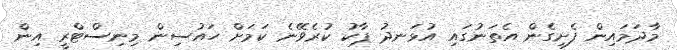
މާދަމައިން ފެށިގެން އެތަނުގައި އުޅަނދު ޕާކު ކުރެވޭނެ ކަމަށް ހައުސިން މިނިސްޓްރީ އިން